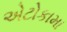
એટોકામા